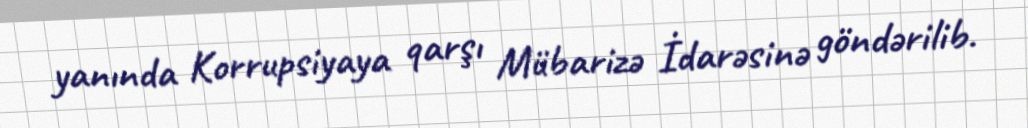
yanında Korrupsiyaya qarşı Mübarizə İdarəsinə göndərilib.